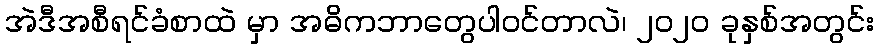
အဲဒီအစီရင်ခံစာထဲ မှာ အဓိကဘာတွေပါဝင်တာလဲ၊ ၂၀၂၀ ခုနှစ်အတွင်း